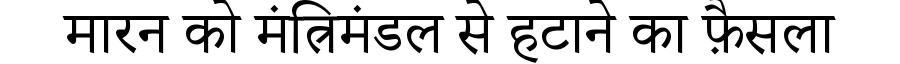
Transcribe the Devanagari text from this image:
मारन को मंत्रिमंडल से हटाने का फ़ैसला